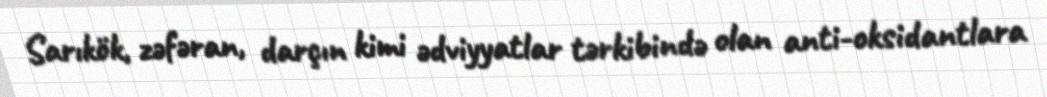
Sarıkök, zəfəran, darçın kimi ədviyyatlar tərkibində olan anti-oksidantlara